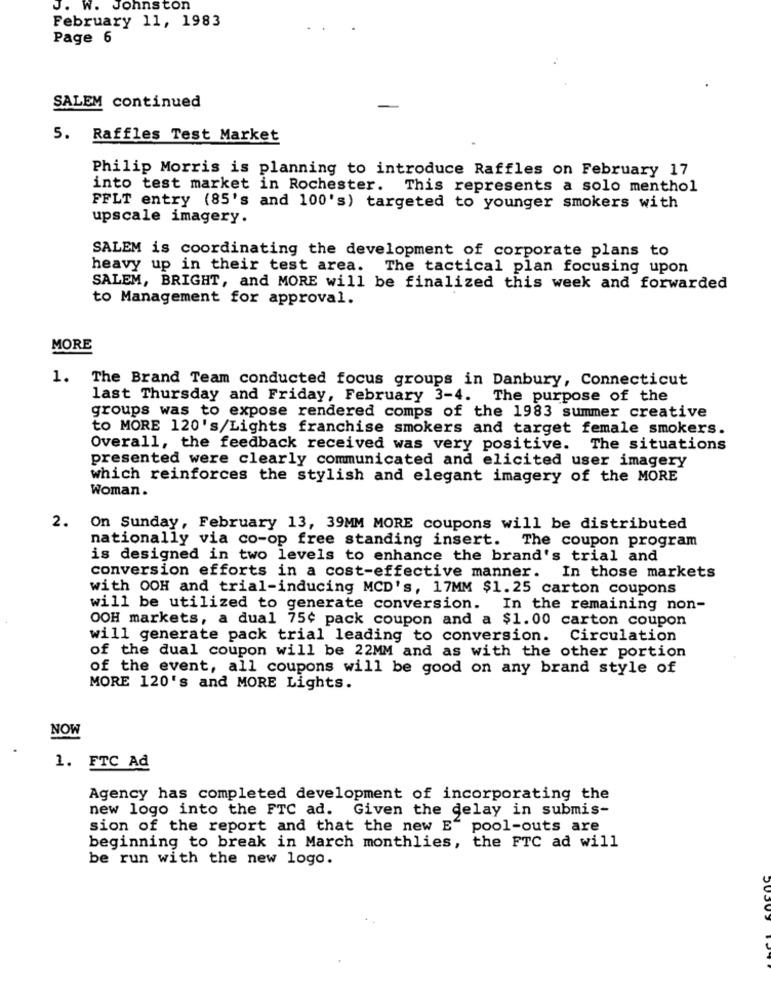
J. W. Johnston
February 11, 1983
Page 6
SALEM continued
5. Raffles Test Market
Philip Morris is planning to introduce Raffles on February 17
into test market in Rochester. This represents a solo menthol
FFLT entry (85's and 100's) targeted to younger smokers with
upscale imagery.
SALEM is coordinating the development of corporate plans to
heavy up in their test area. The tactical plan focusing upon
SALEM, BRIGHT, and MORE will be finalized this week and forwarded
to Management for approval.
MORE
1.
The Brand Team conducted focus groups in Danbury, Connecticut
last Thursday and Friday, February 3-4. The purpose of the
groups was to expose rendered comps of the 1983 summer creative
to MORE 120's/Lights franchise smokers and target female smokers.
Overall, the feedback received was very positive. The situations
presented were clearly communicated and elicited user imagery
which reinforces the stylish and elegant imagery of the MORE
Woman.
2.
On Sunday, February 13, 39MM MORE coupons will be distributed
nationally via co-op free standing insert. The coupon program
is designed in two levels to enhance the brand's trial and
conversion efforts in a cost-effective manner. In those markets
with OOH and trial-inducing MCD's, 17MM $1.25 carton coupons
will be utilized to generate conversion. In the remaining non-
OOH markets, a dual 75¢ pack coupon and a $1.00 carton coupon
will generate pack trial leading to conversion. Circulation
of the dual coupon will be 22MM and as with the other portion
of the event, all coupons will be good on any brand style of
MORE 120's and MORE Lights.
NOW
1. FTC Ad
Agency has completed development of incorporating the
new logo into the FTC ad. Given the delay in submis-
sion of the report and that the new E" pool-outs are
beginning to break in March monthlies, the FTC ad will
be run with the new logo.